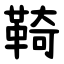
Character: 䩭